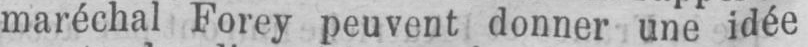
maréchal Forey peuvent donner une idée